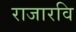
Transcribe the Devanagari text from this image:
राजारवि